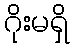
ဂိုးမရှိ